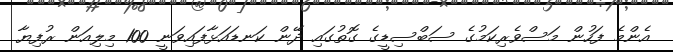
އެންމެ ފަހުން މަސްވެރިކަމުގެ ސަބްސިޑީގެ ގޮތުގައި ދޭން ކަނޑައަޅާފައިވަނީ 100 މިލިއަން ރުފިޔާ